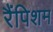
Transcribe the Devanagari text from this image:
रैंपिशम